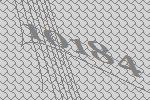
10184